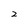
Character: 2